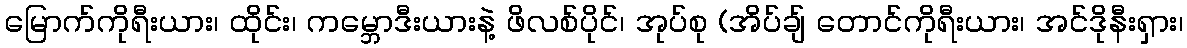
မြောက်ကိုရီးယား၊ ထိုင်း၊ ကမ္ဘောဒီးယားနဲ့ ဖိလစ်ပိုင်၊ အုပ်စု (အိပ်ချ် တောင်ကိုရီးယား၊ အင်ဒိုနီးရှား၊